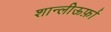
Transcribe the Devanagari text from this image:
शान्लीऊर्फ़ा